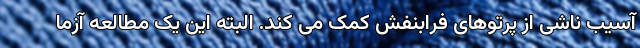
آسیب ناشی از پرتوهای فرابنفش کمک می کند. البته این یک مطالعه آزما